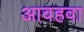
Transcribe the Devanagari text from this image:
आवहवा